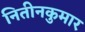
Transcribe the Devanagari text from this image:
नितीनकुमार